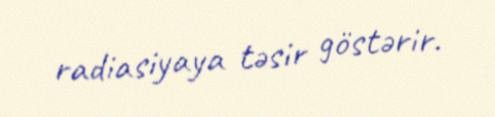
radiasiyaya təsir göstərir.